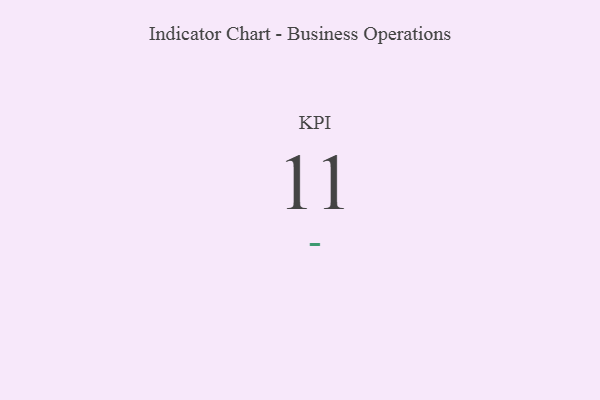
{"axis": {"x": "KPI", "y": "Value"}, "legend": [""], "data": [{"x": "KPI", "y": 11, "type": ""}]}